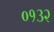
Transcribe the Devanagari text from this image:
०१३२